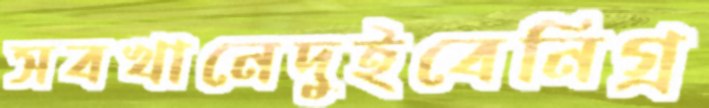
সবখানেদুইবেনিগ্র